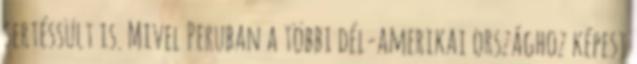
sertéssült is. Mivel Peruban a többi dél-amerikai országhoz képest